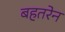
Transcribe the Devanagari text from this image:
बहतरेन